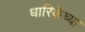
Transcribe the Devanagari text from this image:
धारिकेच्या